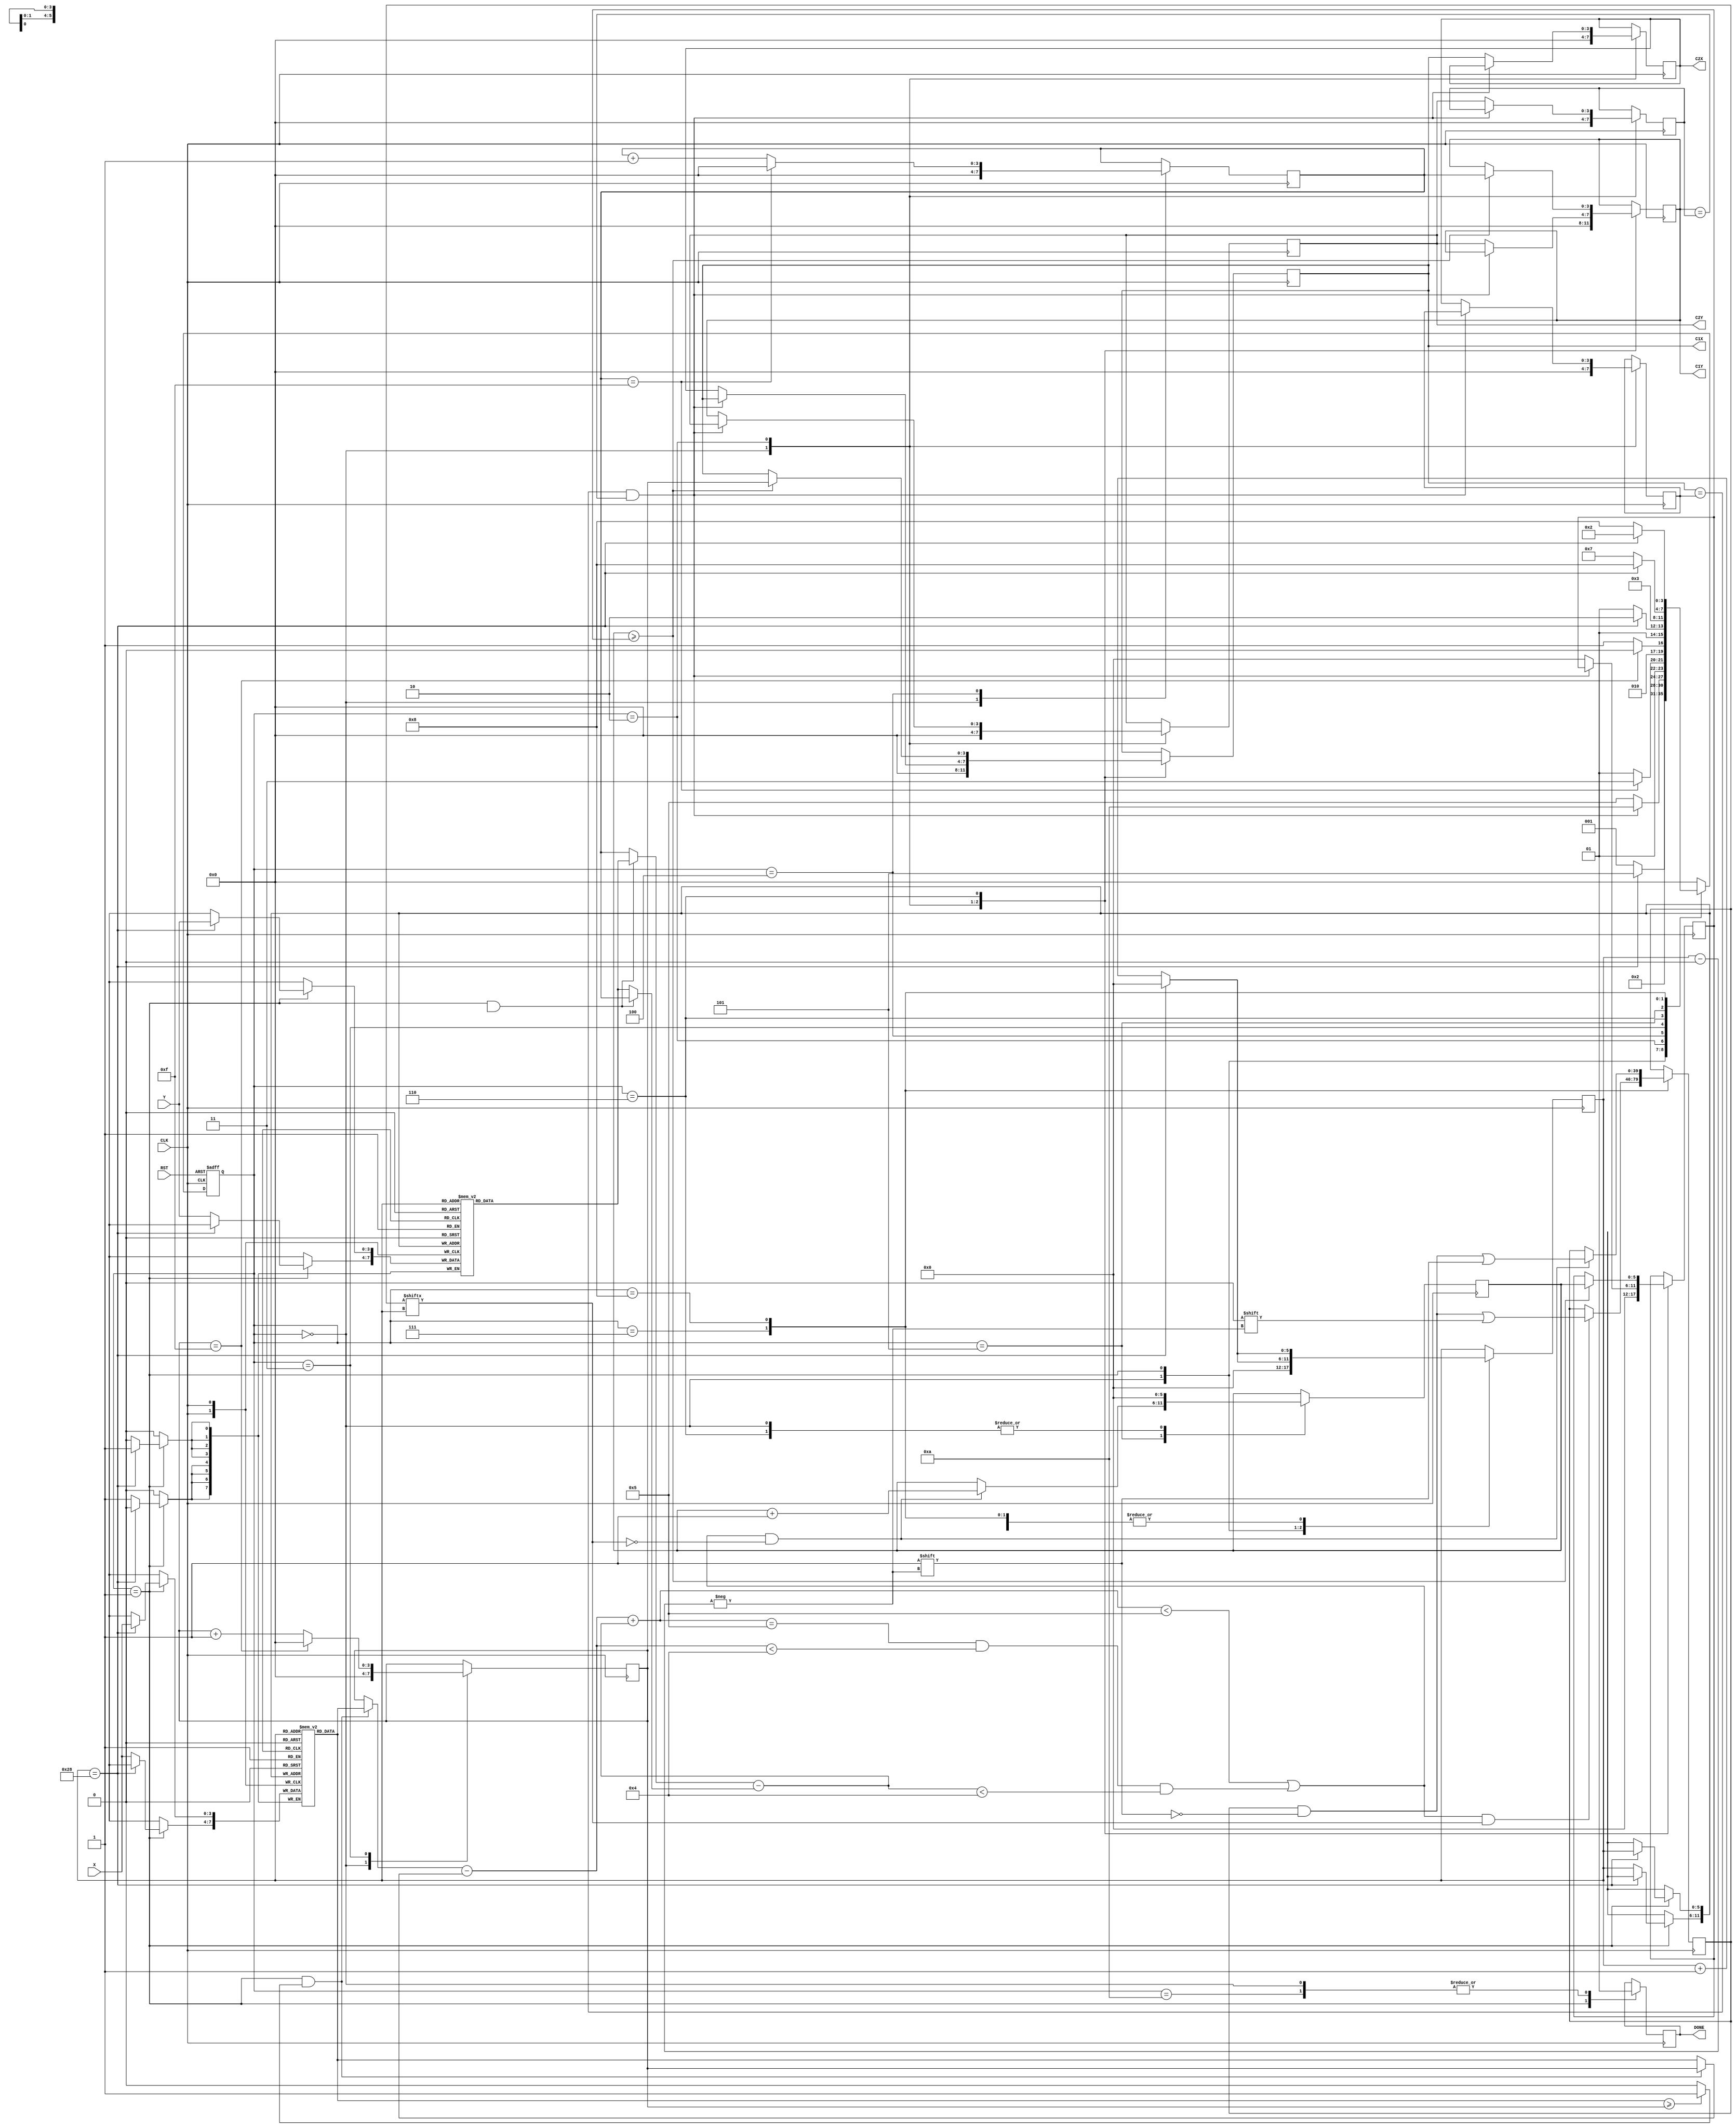
`timescale 1ns / 1ps
//////////////////////////////////////////////////////////////////////////////////
// Company: 
// Engineer: 
// 
// Design Name: 
// Module Name: Laser
// Project Name: 
// Target Devices: 
// Tool Versions: 
// Description: 
// 
// Dependencies: 
// 
// Revision:
// Revision 0.01 - File Created
// Additional Comments:
// 
//////////////////////////////////////////////////////////////////////////////////


module LASER (
input CLK,
input RST,
input [3:0] X,
input [3:0] Y,
output reg [3:0] C1X,
output reg [3:0] C1Y,
output reg [3:0] C2X,
output reg [3:0] C2Y,
output reg DONE);

localparam [3:0]IDLE = 4'd0,
                INXY = 4'd1,
                WHLP = 4'd2,
                FRRX = 4'd3,
                FRRY = 4'd4,
                FRCI = 4'd5,
                PCLM = 4'd6,
                C2RC = 4'd7,
                C1MK = 4'd8,
                WHED = 4'd9,
                OVER = 4'd10;

//variable definition str----------------------------
reg [3:0]curr_state;
reg [3:0]next_state;

reg [3:0]object_x[39:0];
reg [3:0]object_y[39:0];
reg [39:0]ol_object;

reg [5:0]Point_CNT_1;
reg [5:0]Point_CNT_2;

reg INXY_fg;

reg [5:0]Fir_Circle_Max;
reg [3:0]C1X_Old;
reg [3:0]C1Y_Old;

reg [3:0]RX;
reg [3:0]RY;
reg [5:0]CI;

wire Cmp_1;
wire Cmp_2;

wire signed[3:0]a1;
wire signed[3:0]b1;
wire signed[3:0]x_dist;
wire signed[3:0]a2;
wire signed[3:0]b2;
wire signed[3:0]y_dist;
wire signed[3:0]t_dist;
//variable definition end----------------------------

//adder sharing str----------------------------------

assign a1 = (curr_state == INXY && Cmp_1) ? object_x[CI]: RX;

assign b1 = (curr_state == INXY && Cmp_1) ? RX : object_x[CI];

assign x_dist = a1 - b1;

assign a2 = (curr_state == INXY && Cmp_2) ? object_y[CI]: RY;

assign b2 = (curr_state == INXY && Cmp_2) ? RY : object_y[CI];

assign y_dist = a2 - b2;

assign t_dist = x_dist + y_dist;
//adder sharing end----------------------------------

//Comparators for parallel rx & rx+1 str-------------
assign Cmp_1 = object_x[CI] >= RX ? 1'b1 : 1'b0;
//Comparators for parallel rx & rx+1 end-------------

//state control str----------------------------------
always @(posedge CLK or posedge RST) begin
    if(RST)curr_state <= IDLE;
    else curr_state <= next_state;
end

always @(*) begin
    case(curr_state)
        IDLE:begin
            next_state = INXY;
        end
        INXY:begin
            if(CI == 40)next_state = FRCI;
            else next_state = INXY;
        end
        WHLP:begin
            if(C1X == C1X_Old && C1Y == C1Y_Old)next_state = OVER;
            else next_state = FRCI;

        end
        FRRY:begin
            if(RY==15)next_state = C2RC;
            else next_state = FRCI;
        end
        FRRX:begin
            if(RX==15)next_state = FRRY;
            else next_state = FRCI;
        end
        FRCI:begin
            if(CI==40)next_state = PCLM;
            else next_state = FRCI;
        end
        PCLM:begin
            next_state = FRRX;
        end
        C2RC:begin
            if(CI==40)next_state = C1MK;
            else next_state = C2RC;
        end
        C1MK:begin
            if(CI==40)next_state = WHLP;
            else next_state = C1MK;
        end
        OVER:begin
            next_state = IDLE;
        end
        default:begin
            next_state = IDLE;
        end
    endcase
end
//state control end----------------------------------

//RTL operation str----------------------------------
always @(posedge CLK) begin
    case(curr_state)
        IDLE:begin
            INXY_fg <= 1'b0;
            DONE <= 1'b1;
            CI <= 6'd0;
            RY <= 4'd0;
            RX <= 4'd0;
            Point_CNT_1 <= 6'd0;
            Point_CNT_2 <= 6'd0;
            C1X <= 4'd0;
            C1Y <= 4'd0;
            C2X <= 4'd0;
            C2Y <= 4'd0;
            Fir_Circle_Max <= 6'd0;
            C1X_Old <= 4'd0;
            C1Y_Old <= 4'd0;

        end
        INXY:begin
            DONE <= 1'b0;
            if(CI == 40)begin
                object_x[CI] <= X;
                object_y[CI] <= Y;    
                CI <= 6'b000_000;
            end
            else begin
                object_x[CI] <= X;
                object_y[CI] <= Y;
                CI <= CI + 1;
            end
        end
        WHLP:begin
            if(C1X == C1X_Old && C1Y == C1Y_Old)begin
            end
            else begin
                C1X <= C2X;
                C1Y <= C2Y;
                C2X <= C1X;
                C2Y <= C1Y;
                Fir_Circle_Max <= 6'd0;
                C1X_Old <= C2X;
                C1Y_Old <= C2Y;
            end
        end
        FRRY:begin
            if(RY == 15)RY <= 4'd0;
            else RY <= RY + 1'b1;
        end
        FRRX:begin
            if(RX == 15)RX <= 4'd0;
            else RX <= RX + 1'b1;
        end
        FRCI:begin
            if((t_dist < 5 || (t_dist == 5 && x_dist < 4 && y_dist < 4)) 
            && ol_object[CI] == 0)
                Point_CNT_1 <= Point_CNT_1 + 1'b1;

            if(CI==40)CI <= 4'd0;
            else CI <= CI + 1'b1;
        end
        PCLM:begin
            Point_CNT_1 <= 6'd0;
            if(Point_CNT_1 >= Fir_Circle_Max)begin //can be good
                Fir_Circle_Max <= Point_CNT_1;
                C1X <= RX;
                C1Y <= RY;
            end       
        end
        C2RC:begin
            if((t_dist < 5 || (t_dist == 5 && x_dist < 4 && y_dist < 4)) 
            && ol_object[CI] == 1)
                ol_object[CI] <= 0;

            if(CI==40)CI <= 4'd0;
            else CI <= CI + 1'b1;
        end
        C1MK:begin
            if((t_dist < 5 || (t_dist == 5 && x_dist < 4 && y_dist < 4)) 
            && ol_object[CI] == 0)
                ol_object[CI] <= 1;

            if(CI==40)CI <= 4'd0;
            else CI <= CI + 1'b1;
        end
        OVER:begin
            DONE <= 1'b1;
        end
        default:begin
            
        end
    endcase
end
//RTL operation end----------------------------------
endmodule